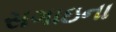
સગાઇના